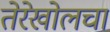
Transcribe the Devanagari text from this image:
तेरेखोलचा